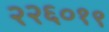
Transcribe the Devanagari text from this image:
२२६०१९